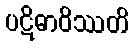
ပဋိဓာဝိဿတိ